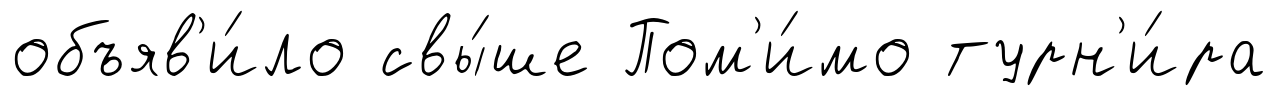
объяв'и́ло свы́ше Пом'и́мо турн'и́ра